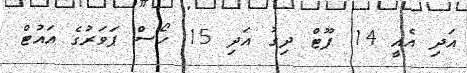
އަދި އެއީ 14 ފޫޓް ދިގު އަދި 15 ހޯސް ޕަވަރުގެ އައުޓް